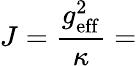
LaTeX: J=\frac{g_{\mathrm{eff}}^{2}}{\kappa}=